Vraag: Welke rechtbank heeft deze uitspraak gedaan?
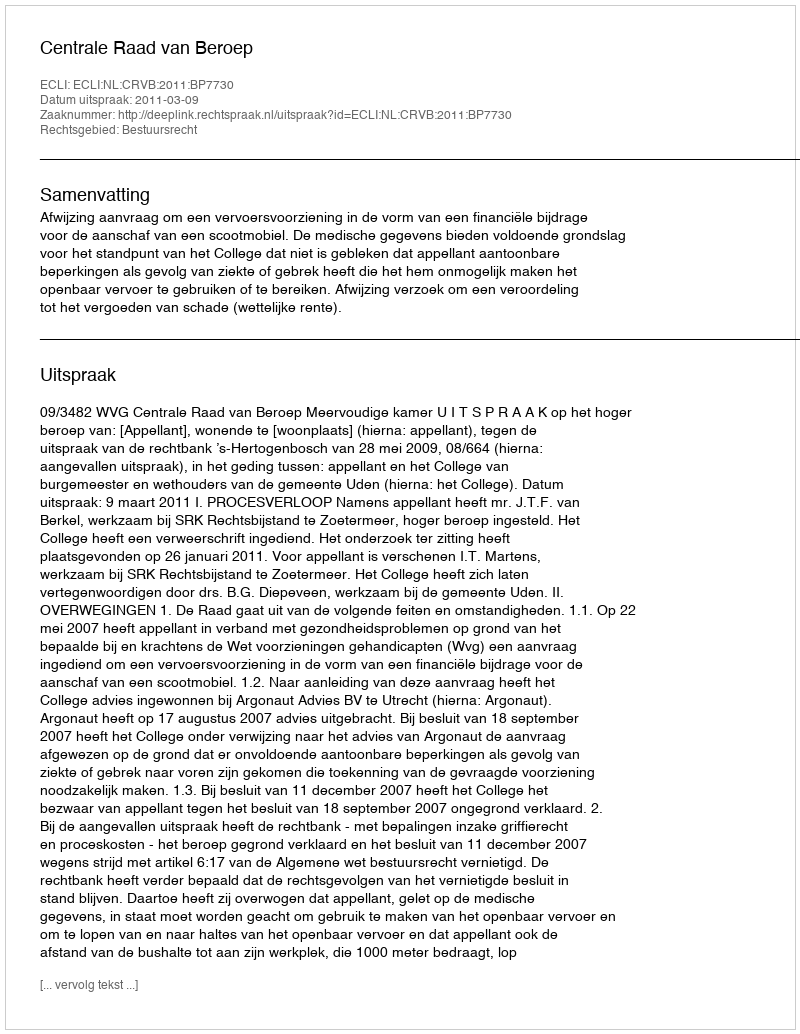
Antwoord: Centrale Raad van Beroep